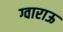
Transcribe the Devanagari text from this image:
ग्वाराऊ